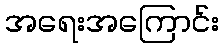
အရေးအကြောင်း